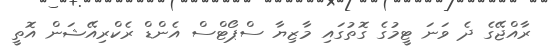
ރާއްޖޭގެ ދެ ވަނަ ޓީމުގެ ގޮތުގައި މާޒިޔާ ސްޕޯޓްސް އެންޑް ރެކްރިއޭޝަން އޮތީ